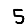
Digit: 5